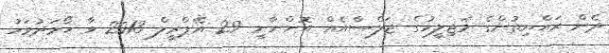
ދެން ރައްޔިތުންގެ މަޖިލީހުގެ ޖަލްސާއެއް އޮންނާނީ 29 އޭޕްރީލް 2013 ވާ ހޯމަދުވަހު